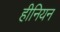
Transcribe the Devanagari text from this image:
हीनियन